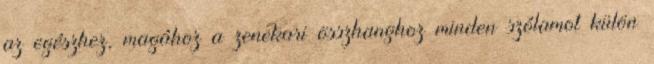
az egészhez, magához a zenekari összhanghoz minden szólamot külön